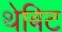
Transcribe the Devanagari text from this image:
थेबिट